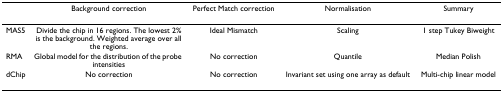
<table><thead><tr><td></td><td><b>Background correction</b></td><td><b>Perfect Match correction</b></td><td><b>Normalisation</b></td><td><b>Summary</b></td></tr></thead><tbody><tr><td>MAS5</td><td>Divide the chip in 16 regions. The lowest 2% is the background. Weighted average over all the regions.</td><td>Ideal Mismatch</td><td>Scaling</td><td>1 step Tukey Biweight</td></tr><tr><td>RMA</td><td>Global model for the distribution of the probe intensities</td><td>No correction</td><td>Quantile</td><td>Median Polish</td></tr><tr><td>dChip</td><td>No correction</td><td>No correction</td><td>Invariant set using one array as default</td><td>Multi-chip linear model</td></tr></tbody></table>